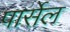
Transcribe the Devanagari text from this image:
पार्सेल